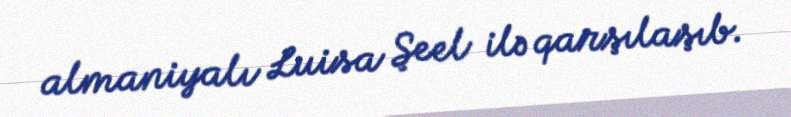
almaniyalı Luisa Şeel ilə qarşılaşıb.